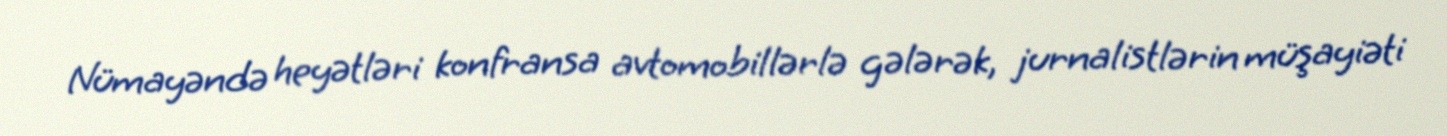
Nümayəndə heyətləri konfransa avtomobillərlə gələrək, jurnalistlərin müşayiəti